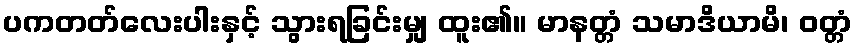
ပကတတ်လေးပါးနှင့် သွားရခြင်းမျှ ထူး၏။ မာနတ္တံ သမာဒိယာမိ၊ ဝတ္တံ